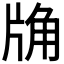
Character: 𧣉